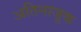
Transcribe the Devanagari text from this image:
अतिनाजूक